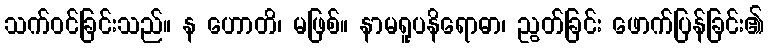
သက်ဝင်ခြင်းသည်။ န ဟောတိ၊ မဖြစ်။ နာမရူပနိရောဓာ၊ ညွတ်ခြင်း ဖောက်ပြန်ခြင်း၏